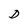
Character: D